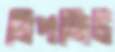
ডিপজিট